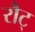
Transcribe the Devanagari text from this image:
रौट्